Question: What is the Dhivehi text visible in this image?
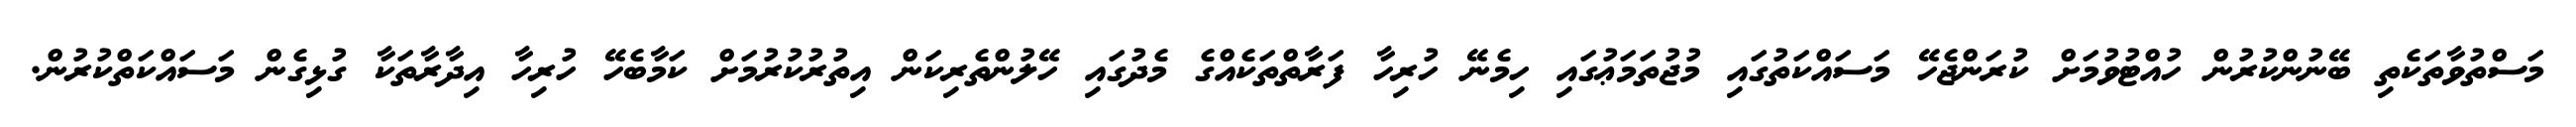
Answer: މަސްތުވާތަކެތި ބޭނުންކުރުން ހުއްޓުވުމަށް ކުރަންޖެހޭ މަސައްކަތުގައި މުޖުތަމަޢުގައި ހިމެނޭ ހުރިހާ ފަރާތްތަކެއްގެ މެދުގައި ހޭލުންތެރިކަން އިތުރުކުރުމަށް ކަމާބެހޭ ހުރިހާ އިދާރާތަކާ ގުޅިގެން މަސައްކަތްކުރުން.